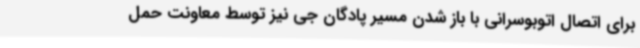
برای اتصال اتوبوسرانی با باز شدن مسیر پادگان جی نیز توسط معاونت حمل